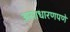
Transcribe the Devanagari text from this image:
असाधारणपणे